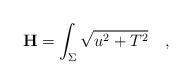
LaTeX: \begin{align*}{\bf H} = \int_{\Sigma}\sqrt{u^2+T^2}\quad ,\end{align*}